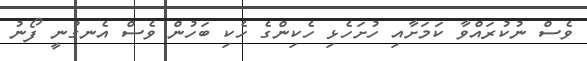
ވެސް ނުކުރައްވާ ކަމަށާއި ހުށަހެޅި ހެކިންގެ ހެކި ބަހުން ވެސް އެނގުނީ ފޯނު